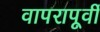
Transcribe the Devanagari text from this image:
वापरापूर्वी